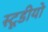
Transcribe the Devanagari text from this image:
स्टूडीयो